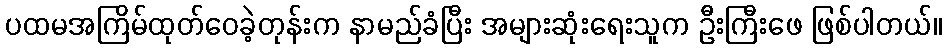
ပထမအကြိမ်ထုတ်ဝေခဲ့တုန်းက နာမည်ခံပြီး အများဆုံးရေးသူက ဦးကြီးဖေ ဖြစ်ပါတယ်။